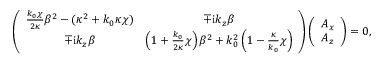
\left( \begin{array} { c c } { \frac { k _ { 0 } \chi } { 2 \kappa } \beta ^ { 2 } - ( \kappa ^ { 2 } + k _ { 0 } \kappa \chi ) } & { \mp \mathrm { i } k _ { z } \beta } \\ { \mp \mathrm { i } k _ { z } \beta } & { \left( 1 + \frac { k _ { 0 } } { 2 \kappa } \chi \right) \beta ^ { 2 } + k _ { 0 } ^ { 2 } \left( 1 - \frac { \kappa } { k _ { 0 } } \chi \right) } \end{array} \right) \left( \begin{array} { c } { A _ { x } } \\ { A _ { z } } \end{array} \right) = 0 ,